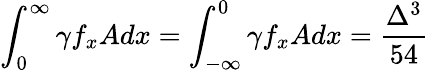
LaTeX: \int_{0}^{\infty}\gamma f_{x}Adx=\int_{-\infty}^{0}\gamma f_{x}Adx=\frac{\Delta^{3}}{54}